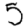
Digit: 5